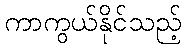
ကာကွယ်နိုင်သည့်